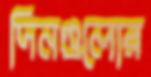
দিনগুলোর